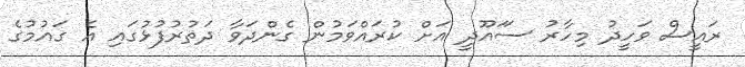
ރައީސް ވަހީދު މިހާރު ސަައޫދީ އަށް ކުރައްވަމުން ގެންދަަވާ ދަތުރުފުޅުގައި އެ ގައުމުގެ